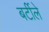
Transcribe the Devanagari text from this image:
बर्टीले